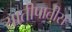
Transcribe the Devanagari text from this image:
यातीपातीस